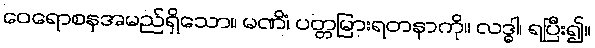
ဝေရောစနအမည်ရှိသော။ မဏိံ၊ ပတ္တမြားရတနာကို။ လဒ္ဓါ၊ ရပြီး၍။